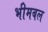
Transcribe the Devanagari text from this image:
भीमबल